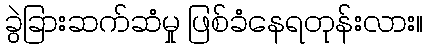
ခွဲခြားဆက်ဆံမှု ဖြစ်ခံနေရတုန်းလား။